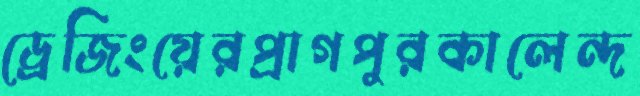
ড্রেজিংয়েরপ্রাগপুরকালেন্দ